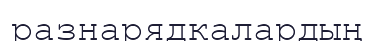
разнарядкалардың